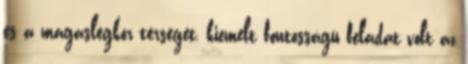
és a magaslégkör térségét, kiemelt fontosságú feladat volt az